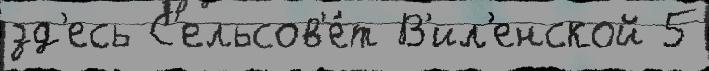
зд'есь С'ельсов'е́т В'ил'енской 5